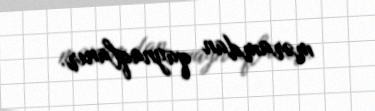
məramdan qaynaqlanır.